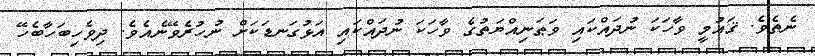
ނެތެވެ. ޤައުމީ ވާހަކަ ނުދައްކައި ވަޠަނިއްޔަތުގެ ވާހަކަ ނުދައްކައި އަޅުގަނޑަކަށް ނުހުރެވޭނެއެވެ. ދިވެހިބަހާބެހޭ